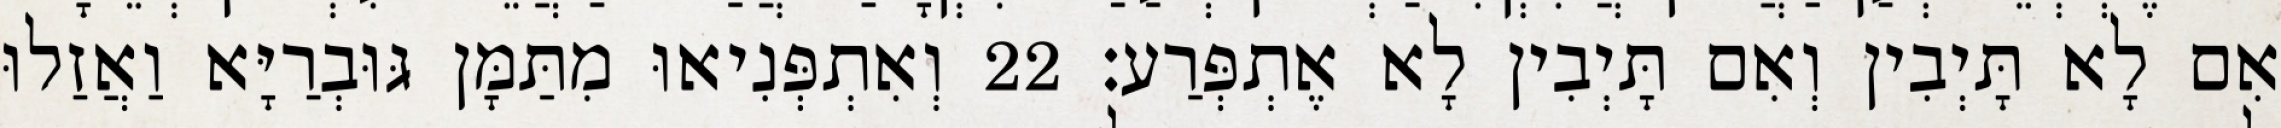
אִם לָא תָּיְבִין וְאִם תָּיְבִין לָא אֶתְפְּרַע׃ 22 וְאִתְפְּנִיאוּ מִתַּמָּן גּוּבְרַיָּא וַאֲזַלוּ